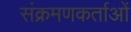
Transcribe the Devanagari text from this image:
संक्रमणकर्ताओं